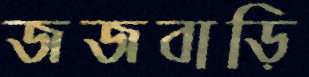
জজবাড়ি